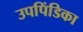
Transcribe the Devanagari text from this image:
उपपिंडिका